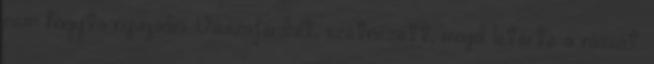
nem hagyta nyugodni. Visszafordult, szétnézett, majd letörte a rózsát.